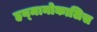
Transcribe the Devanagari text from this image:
हय्मानोकालिस